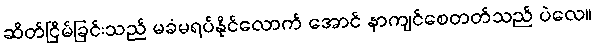
ဆိတ်ငြိမ်ခြင်းသည် မခံမရပ်နိုင်လောက် အောင် နာကျင်စေတတ်သည် ပဲလေ။